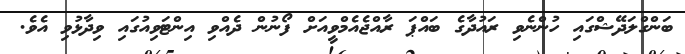
ބަންގްލަދޭޝްގައި ހުންނެވި ރައުދާގެ ބައްޕަ ރާއްޖެއެމްވީއަށް ފޯނުން ދެއްވި އިންޓަވިއުގައި ވިދާޅުވި އެވެ.